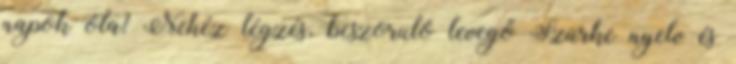
napok óta? Nehéz légzés, beszoruló levegő Szürke nyelv és